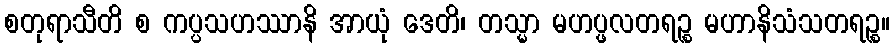
စတုရာသီတိ စ ကပ္ပသဟဿာနိ အာယုံ ဒေတိ၊ တသ္မာ မဟပ္ဖလတရဉ္စ မဟာနိသံသတရဉ္စ။